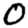
Digit: 0